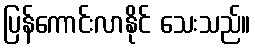
ပြန်ကောင်းလာနိုင် သေးသည်။